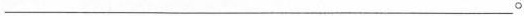
___。